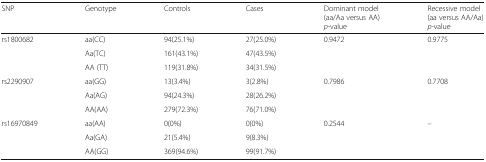
<table><thead><tr><td><b>SNP</b></td><td><b>Genotype</b></td><td><b>Controls</b></td><td><b>Cases</b></td><td><b>Dominant model (aa/Aa versus AA)<i>p</i>-value</b></td><td><b>Recessive model (aa versus AA/Aa)<i>p</i>-value</b></td></tr></thead><tbody><tr><td rowspan="3">rs1800682</td><td>aa(CC)</td><td>94(25.1%)</td><td>27(25.0%)</td><td rowspan="3">0.9472</td><td rowspan="3">0.9775</td></tr><tr><td>Aa(TC)</td><td>161(43.1%)</td><td>47(43.5%)</td></tr><tr><td>AA (TT)</td><td>119(31.8%)</td><td>34(31.5%)</td></tr><tr><td rowspan="3">rs2290907</td><td>aa(GG)</td><td>13(3.4%)</td><td>3(2.8%)</td><td rowspan="3">0.7986</td><td rowspan="3">0.7708</td></tr><tr><td>Aa(AG)</td><td>94(24.3%)</td><td>28(26.2%)</td></tr><tr><td>AA(AA)</td><td>279(72.3%)</td><td>76(71.0%)</td></tr><tr><td rowspan="3">rs16970849</td><td>aa(AA)</td><td>0(0%)</td><td>0(0%)</td><td rowspan="3">0.2544</td><td rowspan="3">–</td></tr><tr><td>Aa(GA)</td><td>21(5.4%)</td><td>9(8.3%)</td></tr><tr><td>AA(GG)</td><td>369(94.6%)</td><td>99(91.7%)</td></tr></tbody></table>